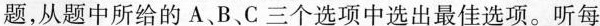
题,从题中所给的 A、B、C三个选项中选出最佳选项。听每